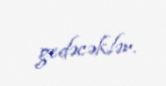
gedəcəklər.